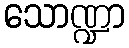
သောဏ္ဍာ